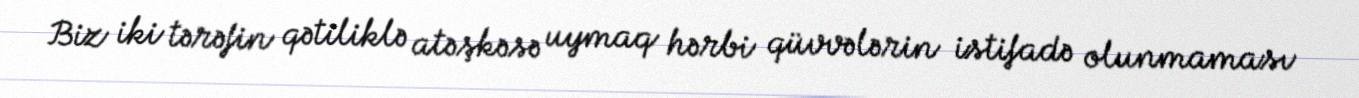
Biz iki tərəfin qətiliklə atəşkəsə uymaq hərbi qüvvələrin istifadə olunmaması